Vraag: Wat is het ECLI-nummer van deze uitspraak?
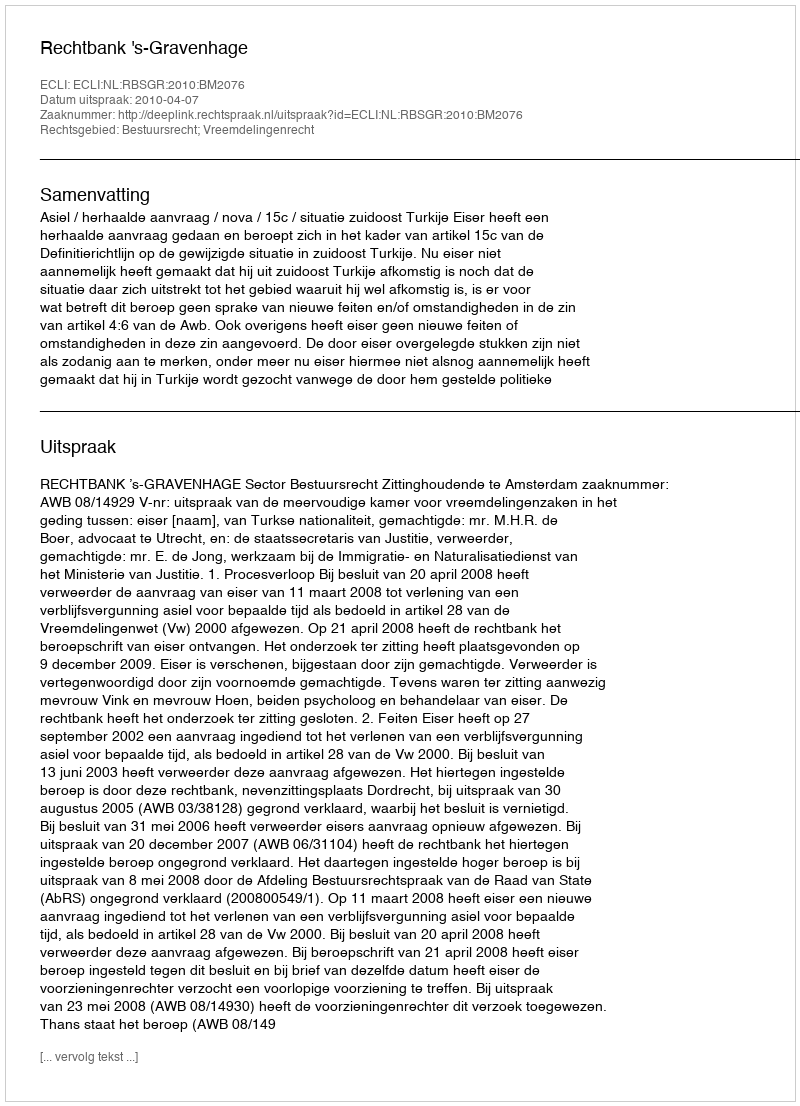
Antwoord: ECLI:NL:RBSGR:2010:BM2076